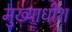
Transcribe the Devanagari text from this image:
मुख्याधीश